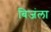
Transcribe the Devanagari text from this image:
बिजंला